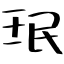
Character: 珉